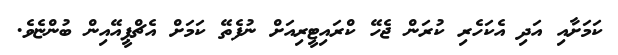
ކަމަށާއި އަދި އެކަހެރި ކުރަން ޖެހޭ ކްރައިޓީރިއަށް ނުފެތޭ ކަމަށް އެޗްޕީއޭއިން ބުންޏެވެ.